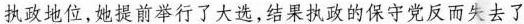
执政地位，她提前举行了大选，结果执政的保守党反而失去了